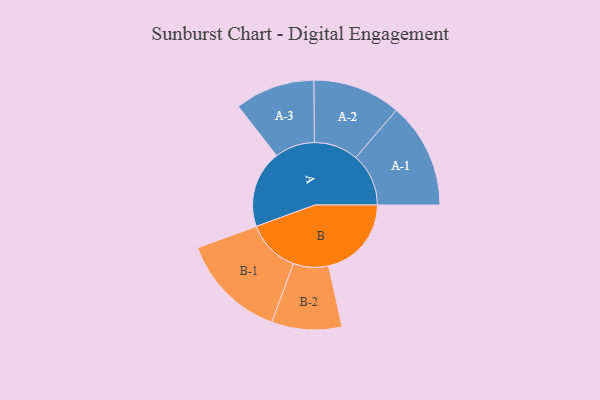
{"axis": {"x": "Segment", "y": "Value"}, "legend": ["", "A", "B"], "data": [{"x": "A", "y": 396, "type": ""}, {"x": "B", "y": 425, "type": ""}, {"x": "A-1", "y": 271, "type": "A"}, {"x": "A-2", "y": 226, "type": "A"}, {"x": "A-3", "y": 205, "type": "A"}, {"x": "B-1", "y": 273, "type": "B"}, {"x": "B-2", "y": 180, "type": "B"}]}